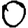
Digit: 0